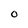
Character: 0